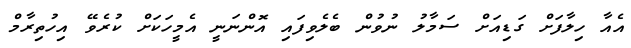
އެއާ ހިލާފަށް ގަޑިއަށް ސަމާލު ނުވުން ބެލެވިފައި އޮންނަނީ އެމީހަކަށް ކުރެވޭ އިހުތިރާމް